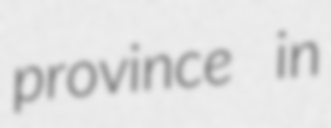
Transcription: province in